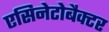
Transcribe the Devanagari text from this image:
एसिनेटोबैक्टर